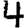
Digit: 4